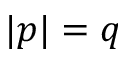
| p | = q